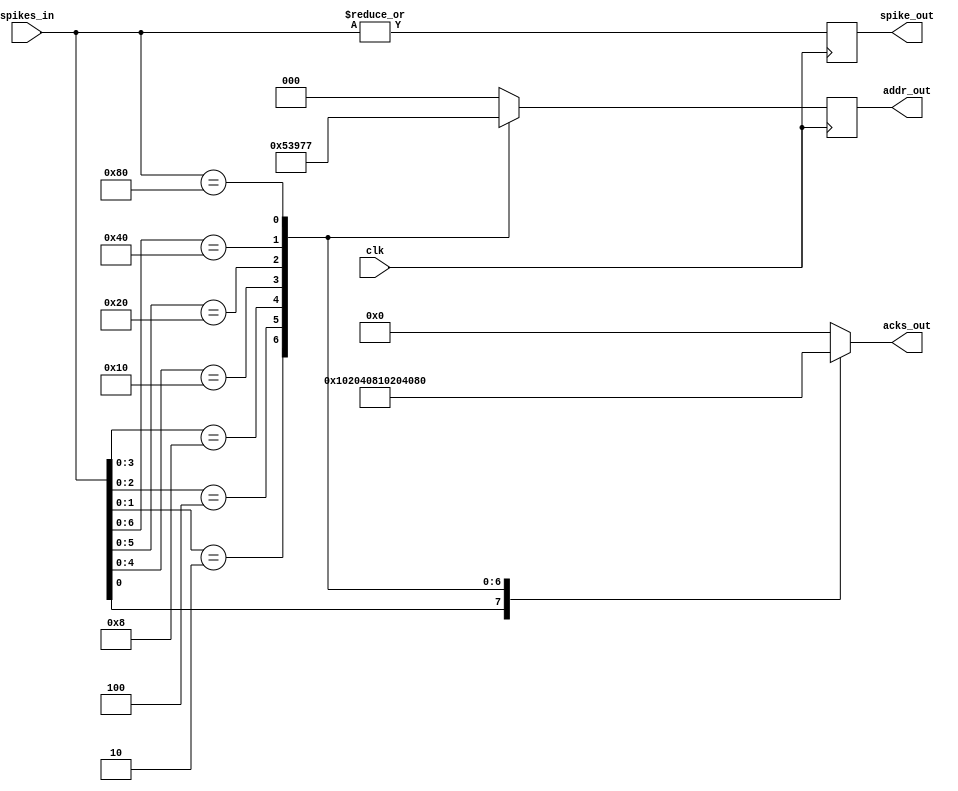
module output_controller(clk, spikes_in, acks_out, addr_out, spike_out);
input clk;
input [7:0] spikes_in;
output reg [7:0] acks_out;
output reg [2:0] addr_out;
output reg spike_out;

reg [2:0] addr_out_D;
wire spike_out_D;

assign spike_out_D = |spikes_in;

always @ ( posedge clk ) begin
  spike_out <= spike_out_D;
  addr_out <= addr_out_D;
end

always@(*) begin
    casex (spikes_in)
      8'bxxxx_xxx1 : begin
          addr_out_D = 0;
          acks_out = 8'h01;
          end
      8'bxxxx_xx10 : begin
          addr_out_D = 1;
          acks_out = 8'h02;
          end
      8'bxxxx_x100 : begin
          addr_out_D = 2;
          acks_out = 8'h04;
          end
      8'bxxxx_1000 : begin
          addr_out_D = 3;
          acks_out = 8'h08;
          end
      8'bxxx1_0000 : begin
          addr_out_D = 4;
          acks_out = 8'h10;
          end
      8'bxx10_0000 : begin
          addr_out_D = 5;
          acks_out = 8'h20;
          end
      8'bx100_0000 : begin
          addr_out_D = 6;
          acks_out = 8'h40;
          end
      8'b1000_0000 : begin
          addr_out_D = 7;
          acks_out = 8'h80;
          end
      default : begin
          addr_out_D = 0;
          acks_out = 8'h00;
          end
    endcase
end

endmodule